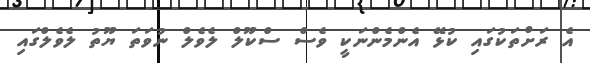
އެ ރަށްތަކުގައި ކުޅޭ އެންމެންނަކީ ވެސް ސްކޫލް ލެވެލް ނުވަތަ ޔޫތު ލެވެލްގައި